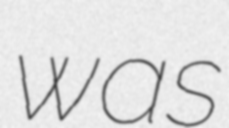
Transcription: was